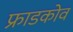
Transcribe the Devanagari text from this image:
फ्राडकोव